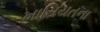
ખાસિયતના